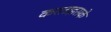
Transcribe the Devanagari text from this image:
करताइसके